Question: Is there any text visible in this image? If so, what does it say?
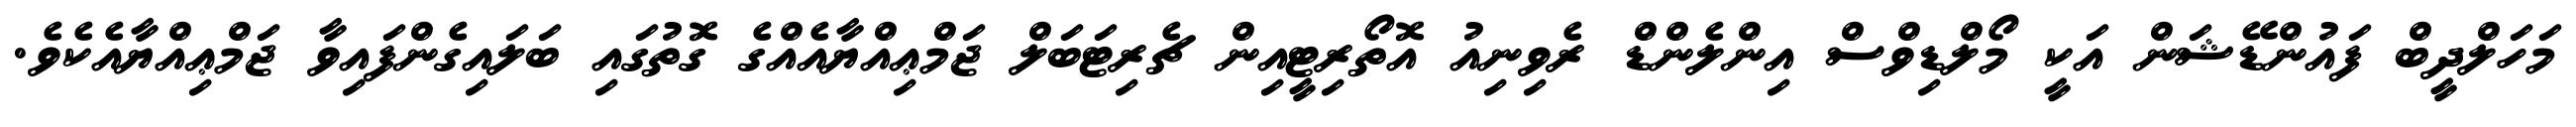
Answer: މަހަލްދީބް ފައުންޑޭޝަން އަކީ މޯލްޑިވްސް އިންލެންޑް ރެވިނިއު އޮތޯރިޓީއިން ޗެރިޓަބަލް ޖަމްޢިއްޔާއެއްގެ ގޮތުގައި ބަލައިގެންފައިވާ ޖަމްޢިއްޔާއެކެވެ.